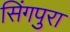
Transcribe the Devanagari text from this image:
सिंगपुरा